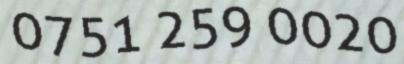
0751 259 0020